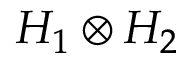
H _ { 1 } \otimes H _ { 2 }